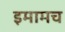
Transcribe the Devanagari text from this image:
इमामच